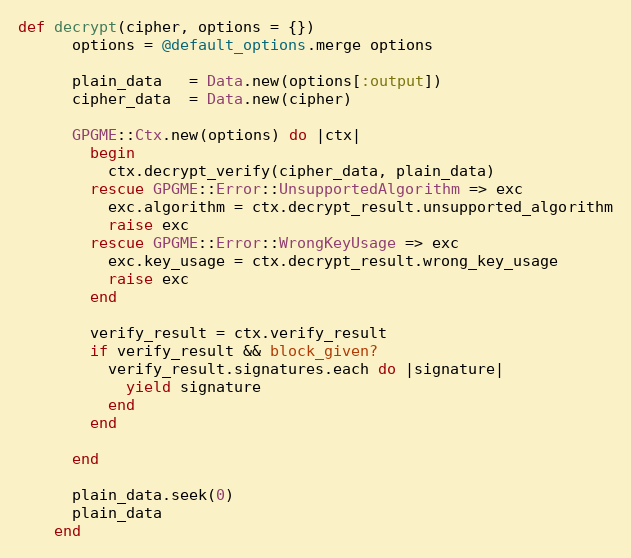
Language: Ruby
def decrypt(cipher, options = {})
      options = @default_options.merge options

      plain_data   = Data.new(options[:output])
      cipher_data  = Data.new(cipher)

      GPGME::Ctx.new(options) do |ctx|
        begin
          ctx.decrypt_verify(cipher_data, plain_data)
        rescue GPGME::Error::UnsupportedAlgorithm => exc
          exc.algorithm = ctx.decrypt_result.unsupported_algorithm
          raise exc
        rescue GPGME::Error::WrongKeyUsage => exc
          exc.key_usage = ctx.decrypt_result.wrong_key_usage
          raise exc
        end

        verify_result = ctx.verify_result
        if verify_result && block_given?
          verify_result.signatures.each do |signature|
            yield signature
          end
        end

      end

      plain_data.seek(0)
      plain_data
    end